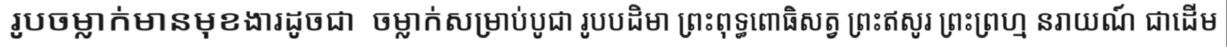
រូបចម្លាក់មានមុខងារដូចជា  ចម្លាក់សម្រាប់បូជា រូបបដិមា ព្រះពុទ្ធពោធិសត្វ ព្រះឥសូរ ព្រះព្រហ្ម នរាយណ៍ ជាដើម